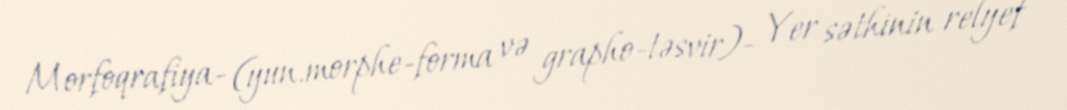
Morfoqrafiya- (yun.morphe-forma və grapho-təsvir)- Yer səthinin relyef